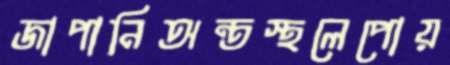
জাপানিঅন্তস্থলেপোয়